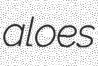
aloes